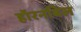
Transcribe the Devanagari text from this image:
हॉरनबिल